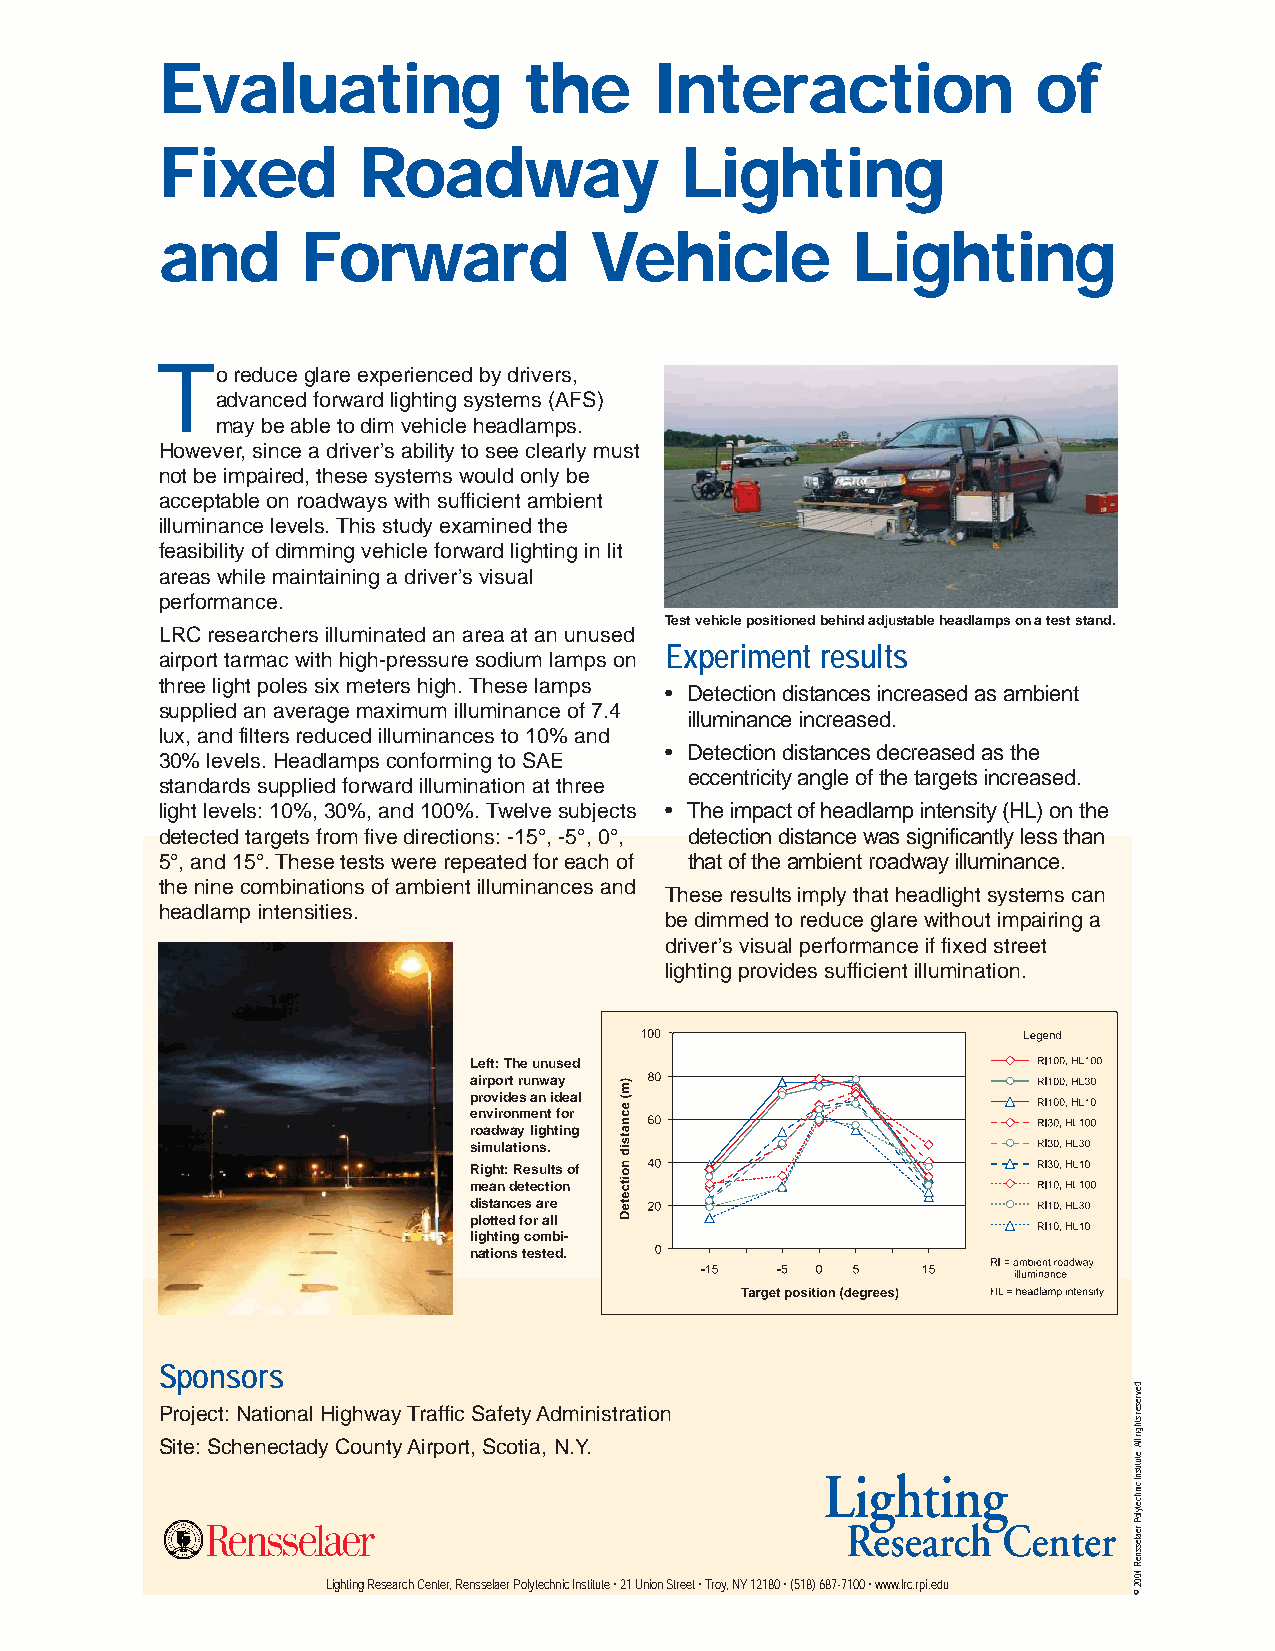
Evaluating              the     Interaction               of
 Fixed        Roadway              Lighting
 and      Forward            Vehicle          Lighting
 T
 o reduce glare experienced by drivers,
 advanced forward lighting systems (AFS)
 may be able to dim vehicle headlamps.
 However, since a driver’s ability to see clearly must
 not be impaired, these systems would only be
 acceptable on roadways with sufficient ambient
 illuminance levels. This study examined the
 feasibility of dimming vehicle forward lighting in lit
 areas while maintaining a driver’s visual
 performance.
 Test vehicle positioned behind adjustable headlamps on a test stand.
 LRC researchers illuminated an area at an unused
 Experiment results
 airport tarmac with high-pressure sodium lamps on
 three light poles six meters high. These lamps
 • Detection distances increased as ambient
 supplied an average maximum illuminance of 7.4
 illuminance increased.
 lux, and filters reduced illuminances to 10% and
 • Detection distances decreased as the
 30% levels. Headlamps conforming to SAE
 eccentricity angle of the targets increased.
 standards supplied forward illumination at three
 light levels: 10%, 30%, and 100%. Twelve subjects • The impact of headlamp intensity (HL) on the
 detected targets from five directions: -15°, -5°, 0°, detection distance was significantly less than
 5°, and 15°. These tests were repeated for each of that of the ambient roadway illuminance.
 the nine combinations of ambient illuminances and
 These results imply that headlight systems can
 headlamp intensities.
 be dimmed to reduce glare without impairing a
 driver’s visual performance if fixed street
 lighting provides sufficient illumination.
 Left: The unused
 airport runway
 provides an ideal
 environment for
 roadway lighting
 simulations.
 Right: Results of
 mean detection
 distances are
 plotted for all
 lighting combi-
 nations tested.
 Sponsors
 Project: National Highway Traffic Safety Administration
 Site: Schenectady County Airport, Scotia, N.Y.
 Lighting Research Center, Rensselaer Polytechnic Institute • 21 Union Street • Troy, NY 12180 • (518) 687-7100 • www.lrc.rpi.edu
 .devreser
 sthgir
 llA
 .etutitsnI
 cinhcetyloP
 realessneR
 4002
 ©